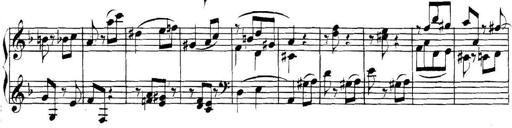
Title: Collected Piano Sonatas
Composer: Muzio Clementi